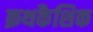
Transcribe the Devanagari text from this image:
क्रथकैशिक